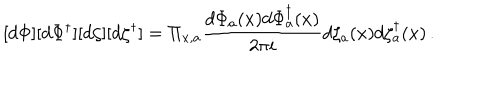
LaTeX: [ d \Phi ] [ d \Phi ^ { \dagger } ] [ d \zeta ] [ d \zeta ^ { \dagger } ] = \Pi _ { x , a } \frac { d \Phi _ { a } ( x ) d \Phi _ { a } ^ { \dagger } ( x ) } { 2 \pi i } d \zeta _ { a } ( x ) d \zeta _ { a } ^ { \dagger } ( x ) \, .